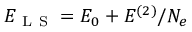
E _ { \mathrm { ~ L ~ S ~ } } = E _ { 0 } + E ^ { ( 2 ) } / N _ { e }